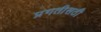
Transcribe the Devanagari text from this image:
प्रगतीसठी